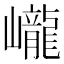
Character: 巄